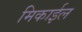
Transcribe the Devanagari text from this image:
मिकाईल